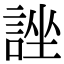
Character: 𧨀